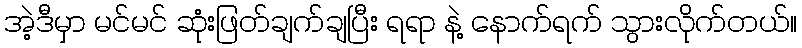
အဲ့ဒီမှာ မင်မင် ဆုံးဖြတ်ချက်ချပြီး ရရာ နဲ့ နောက်ရက် သွားလိုက်တယ်။